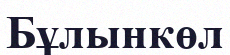
Бұлынкөл